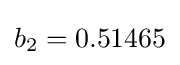
b_{2}=0.51465